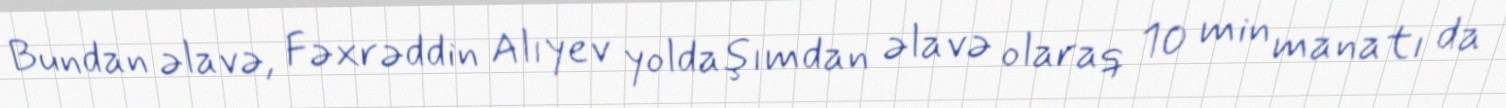
Bundan əlavə, Fəxrəddin Alıyev yoldaşımdan əlavə olaraq 10 min manatı da